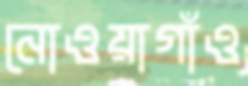
নোওয়াগাঁও